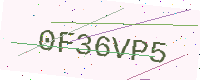
Text: 0F36VP5